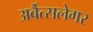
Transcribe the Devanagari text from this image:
अर्बैत्सलेगर